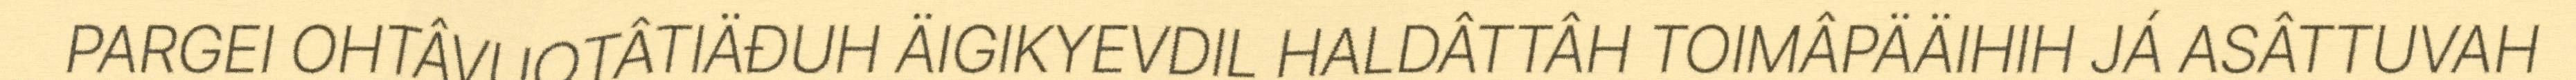
PARGEI OHTÂVUOTÂTIÄĐUH ÄIGIKYEVDIL HALDÂTTÂH TOIMÂPÄÄIHIH JÁ ASÂTTUVAH